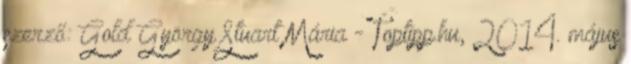
szerző: Gold György Stuart Mária - Toptipp.hu, 2014. május